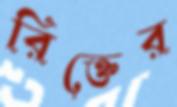
রিক্তের